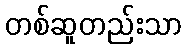
တစ်ဆူတည်းသာ